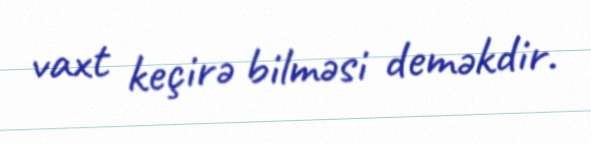
vaxt keçirə bilməsi deməkdir.